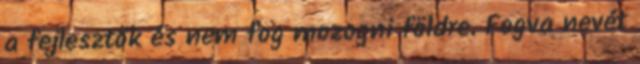
a fejlesztők és nem fog mozogni földre. Fogva nevét